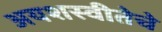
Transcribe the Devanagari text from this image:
अयशस्वीतेचे